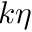
k \eta